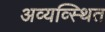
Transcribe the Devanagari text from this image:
अव्यव्स्थित